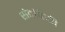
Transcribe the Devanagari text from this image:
संतांपैकी